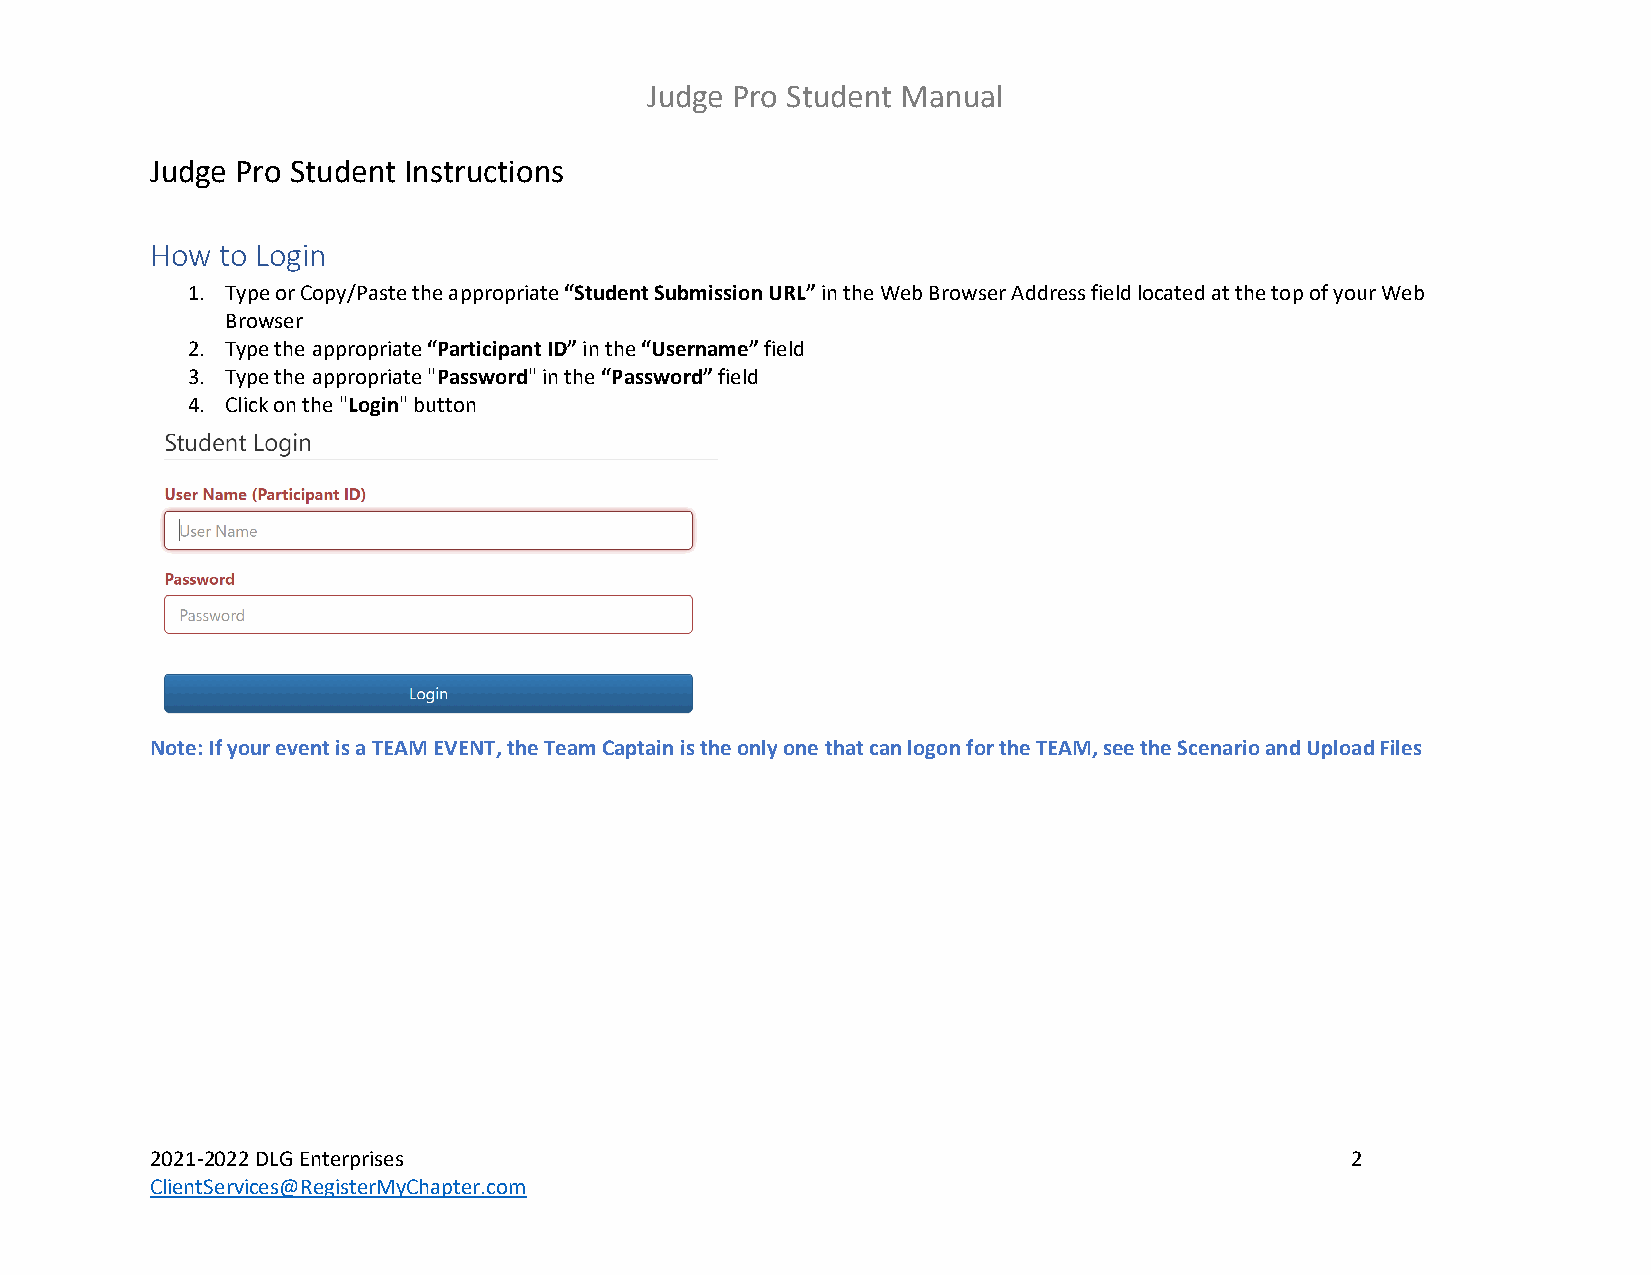
Judge Pro Student Manual
 Judge Pro Student Instructions
 How to Login
 1. Type or Copy/Paste the appropriate “Student Submission URL” in the Web Browser Address field located at the top of your Web
 Browser
 2. Type the appropriate “Participant ID” in the “Username” field
 3. Type the appropriate "Password" in the “Password” field
 4. Click on the "Login" button
 Note: If your event is a TEAM EVENT, the Team Captain is the only one that can logon for the TEAM, see the Scenario and Upload Files
 2021-2022 DLG Enterprises                                                      2
 ClientServices@RegisterMyChapter.com